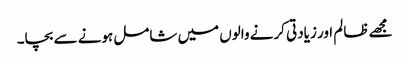
مجھے ظالم اور زیادتی کرنے والوں میں شامل ہونے سے بچا۔